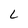
Character: L